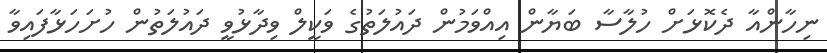
ނިހާންއާ ދެކޮޅަށް ހުލާސާ ބަޔާން އިއްވަމުން ދައުލަތުގެ ވަކީލް ވިދާޅުވީ ދައުލަތުން ހުށަހަޅާފައިވާ